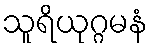
သူရိယုဂ္ဂမနံ